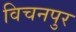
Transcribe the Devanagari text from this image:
विचनपुर